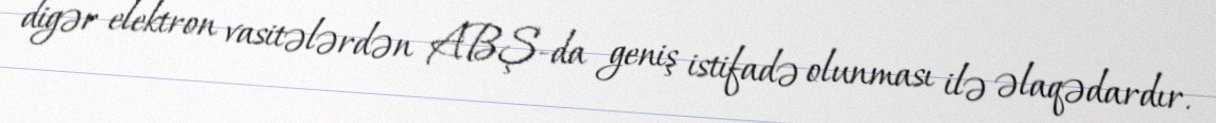
digər elektron vasitələrdən ABŞ-da geniş istifadə olunması ilə əlaqədardır.